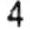
4